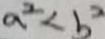
a ^ { 2 } < b ^ { 2 }